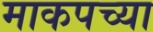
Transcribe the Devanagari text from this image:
माकपच्या